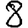
Digit: 8